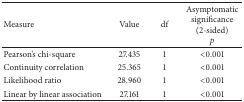
<table><thead><tr><td><b>Measure</b></td><td><b>Value</b></td><td><b>df</b></td><td><b>Asymptomatic significance (2-sided)<i>p</i></b></td></tr></thead><tbody><tr><td>Pearson&#x27;s chi-square</td><td>27.435</td><td>1</td><td>&lt;0.001</td></tr><tr><td>Continuity correlation</td><td>25.365</td><td>1</td><td>&lt;0.001</td></tr><tr><td>Likelihood ratio</td><td>28.960</td><td>1</td><td>&lt;0.001</td></tr><tr><td>Linear by linear association</td><td>27.161</td><td>1</td><td>&lt;0.001</td></tr></tbody></table>